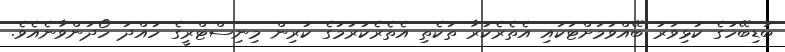
ބަޑިބޭހުގެ ކުޅިވަރު ބޭއްވުމަށްޓަކައި އެތެރެކުރާ ތަކެތި އެތެރެކުރުމުގެ ކުރިން މިނިސްޓްރީގެ ހުއްދަ ހޯދަންވާނެއެވެ.